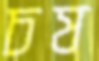
চষ